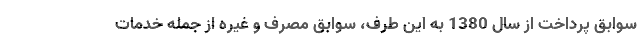
سوابق پرداخت از سال 1380 به این طرف، سوابق مصرف و غیره از جمله خدمات